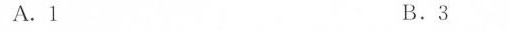
A.1 B.3